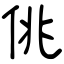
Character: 佻